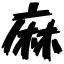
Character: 麻